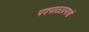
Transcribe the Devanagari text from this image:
पदपाठाप्रमाणें